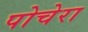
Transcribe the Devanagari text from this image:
पोचेरा